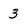
Character: 3